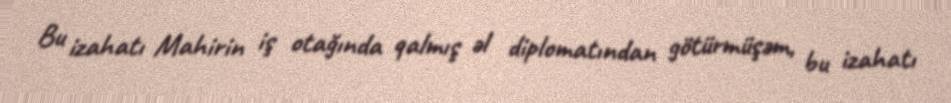
Bu izahatı Mahirin iş otağında qalmış əl diplomatından götürmüşəm, bu izahatı